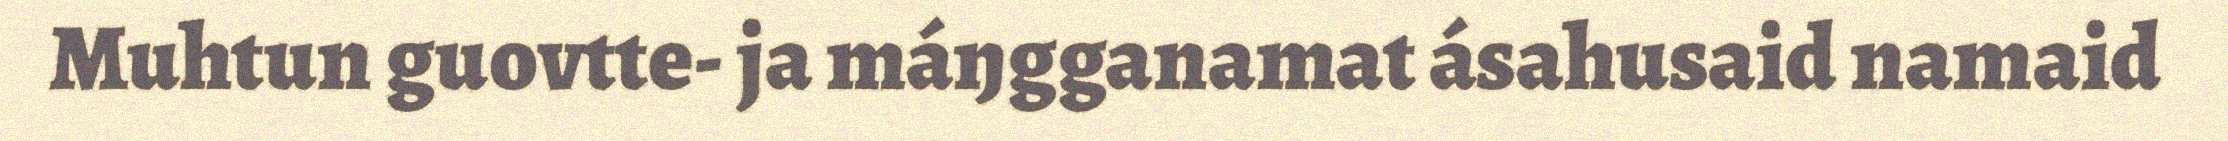
Muhtun guovtte- ja máŋgganamat ásahusaid namaid